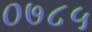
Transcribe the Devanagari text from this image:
०७८५